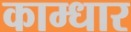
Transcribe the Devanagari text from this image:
काम्धार